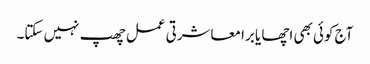
آج کوئی بھی اچھا یا برا معاشرتی عمل چھپ نہیں سکتا۔